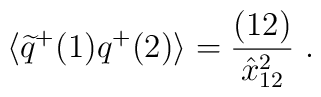
\langle \widetilde q^{+}(1) q^+(2)\rangle =  {(12)\over \hat x^2_{12}}\ .